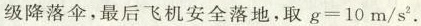
级降落伞，最后飞机安全落地，取g=10m/s^{2}.